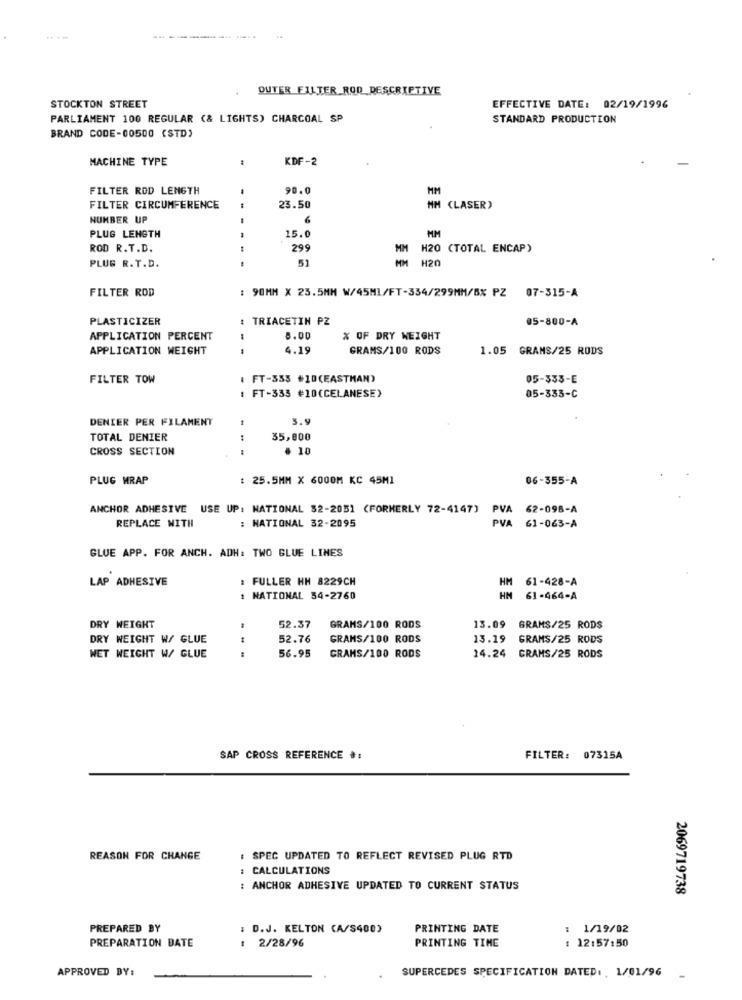
-----
DUTER FILTER ROD DESCRIPTIVE
STOCKTON STREET
EFFECTIVE DATE: 02/19/1996
PARLIAMENT 100 REGULAR (& LIGHTS) CHARCOAL SP
STANDARD PRODUCTION
BRAND CODE-00500 (STD)
MACHINE TYPE
KDF-2
FILTER ROD LENGTH
90.0
HM
FILTER CIRCUMFERENCE
23.50
MM (LASER)
NUMBER UP
6
PLUG LENGTH
15.0
ROD R.T.D.
299
H20 (TOTAL ENCAP)
51
PLUG R.T.D.
M H20
FILTER ROD
: 90MM X 23.5MM W/45MI/FT-334/299MM/Bx PZ 07-315-A
PLASTICIZER
: TRIACETIN PZ
05-800-A
APPLICATION PERCENT
8.00
% OF DRY WEIGHT
APPLICATION WEIGHT
1
4.19
GRAMS/100 RODS
1.05 GRAMS/25 RODS
FILTER TOW
( FT-353 #10(EASTMAN)
05-333-E
: FT-333 #10(CELANESE)
05-333-C
DENIER PER FILAMENT
1
3.9
TOTAL DENIER
35,000
CROSS SECTION
# 10
PLUG MRAP
: 25.5MM X 6000M KC 45M1
06-355-A
ANCHOR ADHESIVE USE UP: NATIONAL 32-2051 (FORMERLY 72-4147) PVA 62-098-A
: NATIONAL 32-2095
REPLACE WITH
PVA 61-063-A
GLUE APP. FOR ANCH. ADH: TWO GLUE LINES
LAP ADHESIVE
: FULLER HH 8229CH
HM 61-428-A
: NATIONAL 34-2760
HN 61-464-A
DRY WEIGHT
52.37
GRAMS/100 RODS
13.09
GRAMS/25 RODS
DRY WEIGHT W/ GLUE
52.76
GRAMS/100 RODS
13.19
GRAMS/25 RODS
---
56.95
GRAMS/100 RODS
NET WEIGHT W/ GLUE
14.24 CRAMS/25 RODS
SAP CROSS REFERENCE *:
FILTER: 07315A
REASON FOR CHANGE
: SPEC UPDATED TO REFLECT REVISED PLUG RTD
: CALCULATIONS
: ANCHOR ADHESIVE UPDATED TO CURRENT STATUS
2069719738
PREPARED BY
: D.J. KELTON (A/S400)
PRINTING DATE
: 1/19/02
: 2/28/96
PRINTING TIME
PREPARATION DATE
: 12:57:50
APPROVED BY:
SUPERCEDES SPECIFICATION DATED: . 1/01/96